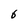
Character: 6